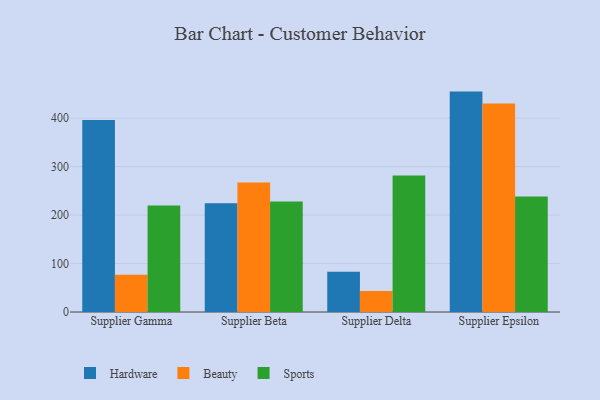
{"axis": {"x": "Supplier", "y": "Website Visitors"}, "legend": ["Beauty", "Hardware", "Sports"], "data": [{"x": "Supplier Gamma", "y": 396.1, "type": "Hardware"}, {"x": "Supplier Gamma", "y": 76.9, "type": "Beauty"}, {"x": "Supplier Gamma", "y": 219.7, "type": "Sports"}, {"x": "Supplier Beta", "y": 224.6, "type": "Hardware"}, {"x": "Supplier Beta", "y": 267.2, "type": "Beauty"}, {"x": "Supplier Beta", "y": 228.1, "type": "Sports"}, {"x": "Supplier Delta", "y": 83.0, "type": "Hardware"}, {"x": "Supplier Delta", "y": 43.2, "type": "Beauty"}, {"x": "Supplier Delta", "y": 281.4, "type": "Sports"}, {"x": "Supplier Epsilon", "y": 454.7, "type": "Hardware"}, {"x": "Supplier Epsilon", "y": 430.3, "type": "Beauty"}, {"x": "Supplier Epsilon", "y": 238.3, "type": "Sports"}]}